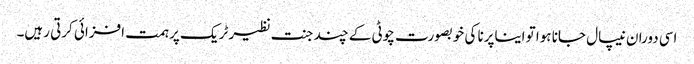
اسی دوران نیپال جانا ہوا تو ایناپرنا کی خوبصورت چوٹی کے چند جنت نظیر ٹریک پر ہمت افزائی کرتی رہیں۔